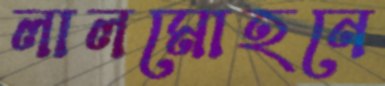
লালমোহনে